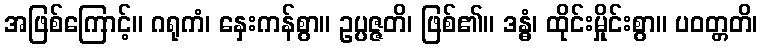
အဖြစ်ကြောင့်။ ဂရုကံ၊ နှေးကန်စွာ။ ဥပ္ပဇ္ဇတိ၊ ဖြစ်၏။ ဒန္ဓံ၊ ထိုင်းမှိုင်းစွာ။ ပဝတ္တတိ၊